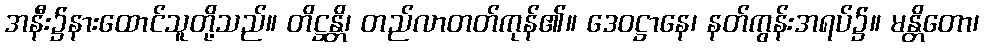
အနီး၌နားထောင်သူတို့သည်။ တိဋ္ဌန္တိ၊ တည်လာတတ်ကုန်၏။ ဒေဝဋ္ဌာနေ၊ နတ်ကွန်းအရပ်၌။ မန္တိတော၊